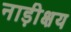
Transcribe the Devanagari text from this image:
नाड़ीक्षय